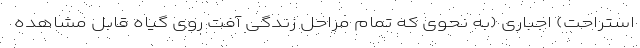
استراحت) اجباری (به نحوی که تمام مراحل زندگی آفت روی گیاه قابل مشاهده